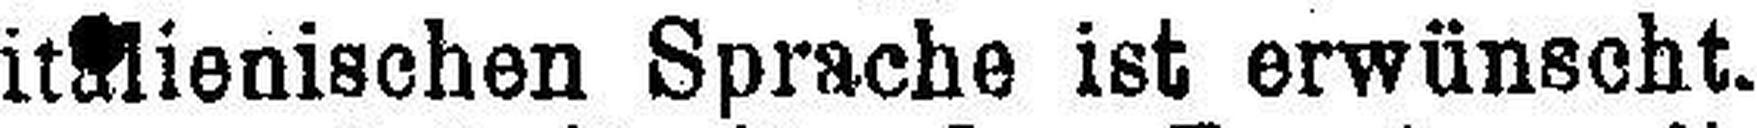
italienischen Sprache ist erwünscht.